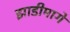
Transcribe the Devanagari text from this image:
झाडीमागे